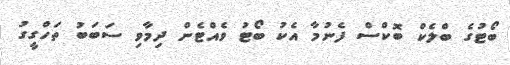
ބޯޓުގެ ބްލެކް ބޮކްސް ފެނުމާ އެކު ބޯޓު ވެއްޓެން ދިމާވި ސަބަބު ތަހްގީގު